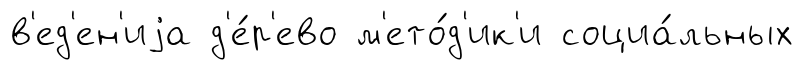
в'ед'ен'иjа д'е́р'ево м'ето́д'ик'и социа́льных